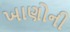
ખાણોની